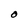
Character: O